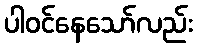
ပါဝင်နေသော်လည်း